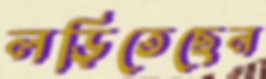
লড়িতেছেন